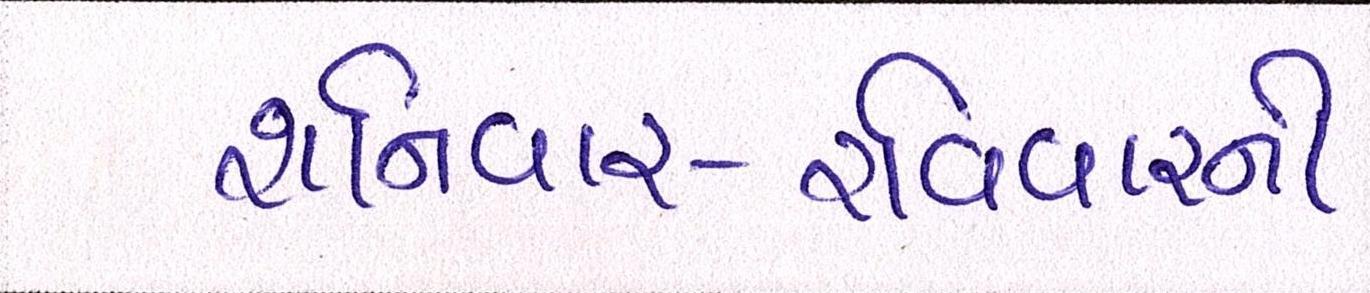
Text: શનિવાર-રવિવારની